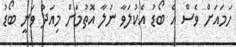
ހަަމައަށް ވެސް އެ ބޯޑު އެކުލަވާ ނުލާ އޮތުމަށް މިއަދު ވަނީ ބޯޑު